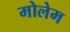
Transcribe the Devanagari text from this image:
मोलेम